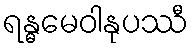
ရန္ဓမေဝါနုပဿီ